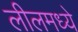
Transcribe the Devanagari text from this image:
लीलमध्ये